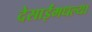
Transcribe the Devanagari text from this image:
देसाईंमधल्या